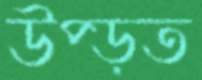
উপ্‌ড়ত